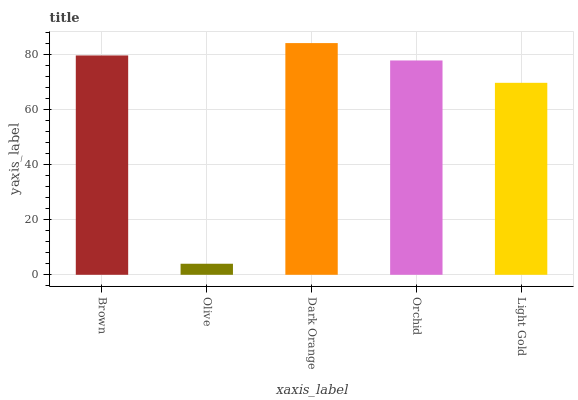
| xaxis_label | bars |
 | --- | --- |
 | Brown | 79.6 |
 | Olive | 4.01 |
 | Dark Orange | 84 |
 | Orchid | 77.7 |
 | Light Gold | 69.6 |